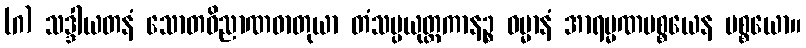
(ဂ) သဒ္ဒါယတနံ သောတဝိညာဏဓာတုယာ တံသမ္ပယုတ္တကာနဉ္စ ဓမ္မာနံ အာရမ္မဏပစ္စယေန ပစ္စယော။